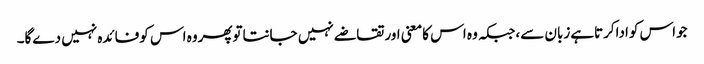
جواس کواداکرتاہےزبان سے،جبکہ وہ اس کامعنی اورتقاضے نہیں جانتاتوپھروہ اس کوفائدہ نہیں دےگا۔